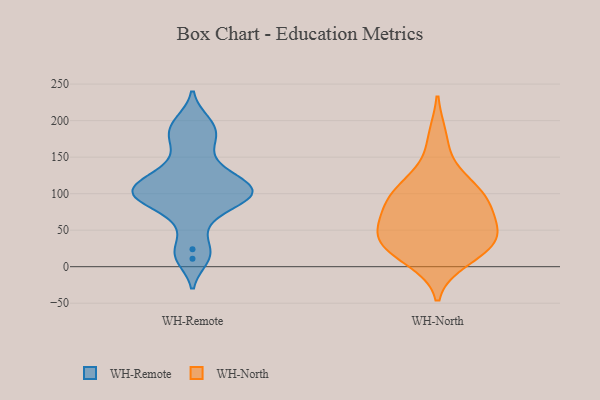
{"axis": {"x": "Active Users", "y": "Value"}, "legend": ["WH-North", "WH-Remote"], "data": [{"x": "", "y": 103, "type": "WH-Remote"}, {"x": "", "y": 11, "type": "WH-Remote"}, {"x": "", "y": 199, "type": "WH-Remote"}, {"x": "", "y": 136, "type": "WH-Remote"}, {"x": "", "y": 115, "type": "WH-Remote"}, {"x": "", "y": 24, "type": "WH-Remote"}, {"x": "", "y": 169, "type": "WH-Remote"}, {"x": "", "y": 95, "type": "WH-Remote"}, {"x": "", "y": 64, "type": "WH-Remote"}, {"x": "", "y": 99, "type": "WH-Remote"}, {"x": "", "y": 99, "type": "WH-Remote"}, {"x": "", "y": 184, "type": "WH-Remote"}, {"x": "", "y": 123, "type": "WH-Remote"}, {"x": "", "y": 92, "type": "WH-Remote"}, {"x": "", "y": 90, "type": "WH-North"}, {"x": "", "y": 34, "type": "WH-North"}, {"x": "", "y": 100, "type": "WH-North"}, {"x": "", "y": 48, "type": "WH-North"}, {"x": "", "y": 42, "type": "WH-North"}, {"x": "", "y": 30, "type": "WH-North"}, {"x": "", "y": 39, "type": "WH-North"}, {"x": "", "y": 90, "type": "WH-North"}, {"x": "", "y": 105, "type": "WH-North"}, {"x": "", "y": 127, "type": "WH-North"}, {"x": "", "y": 62, "type": "WH-North"}, {"x": "", "y": 78, "type": "WH-North"}, {"x": "", "y": 177, "type": "WH-North"}, {"x": "", "y": 19, "type": "WH-North"}, {"x": "", "y": 10, "type": "WH-North"}]}